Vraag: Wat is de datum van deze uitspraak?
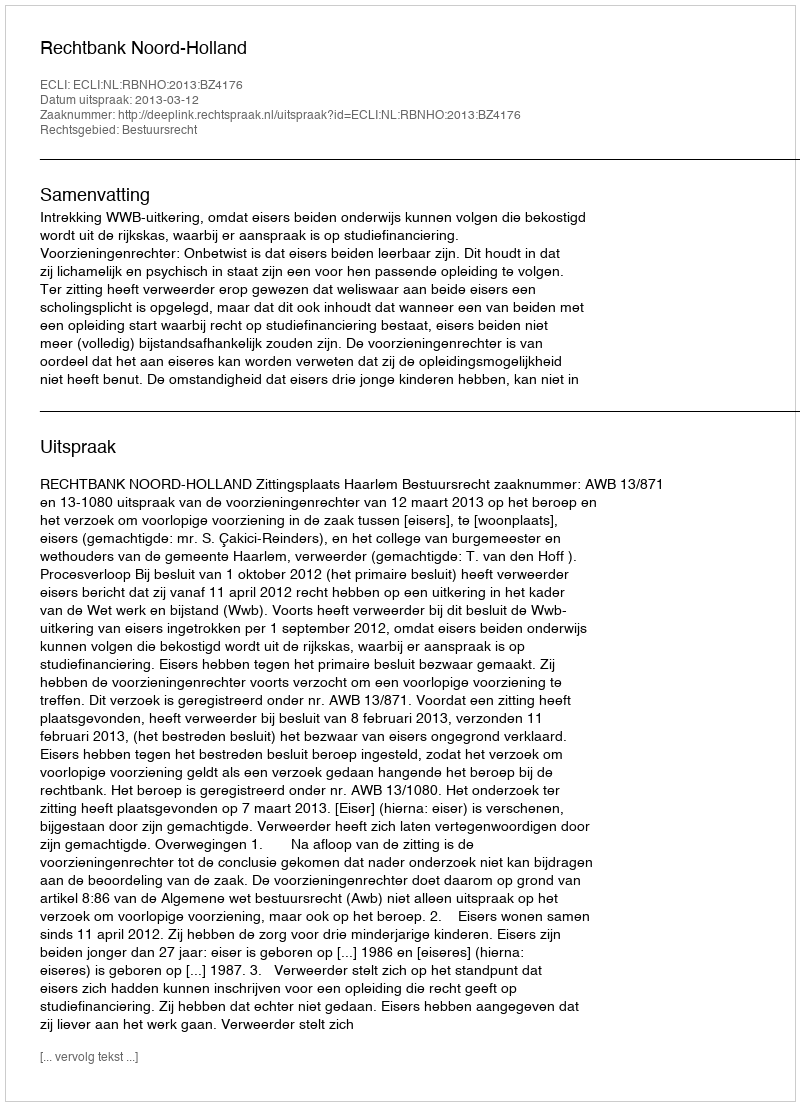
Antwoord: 2013-03-12